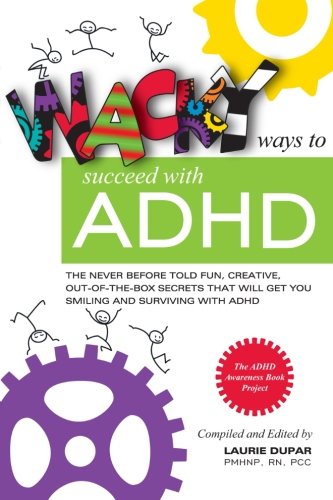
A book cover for Wacky ways to Succeed with ADHD: The never before fun, creative out of the box secrets that will get you smiling and surviving with ADHD; Laurie Dupar; Health, Fitness & Dieting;